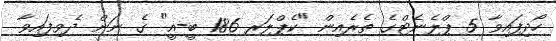
ހޯދިފައިވާ 5 ޕްލެނެޓްގެ ތެރެއިން "ކެޕްލަރ 186 ބީ-އީ" ގެ ނަން ދެވިފައިވާ